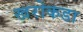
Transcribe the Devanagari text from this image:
खरोकडा